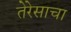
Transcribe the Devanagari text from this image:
तेरेसाचा